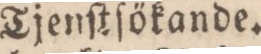
Tjenſtſökande.